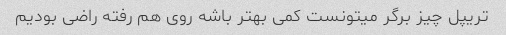
تریپل چیز برگر میتونست کمی بهتر باشه روی هم رفته راضی بودیم